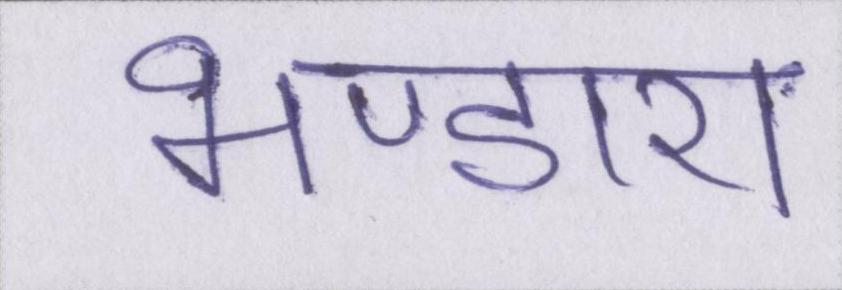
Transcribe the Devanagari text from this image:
भण्डारा